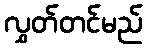
လွှတ်တင်မည်